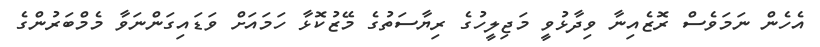
އެހެން ނަމަވެސް ރޮޒެއިނާ ވިދާޅުވީ މަޖިލީހުގެ ރިޔާސަތުގެ މޭޒުކޮޅާ ހަމައަށް ވަޑައިގަންނަވާ މެމްބަރުންގެ